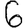
Digit: 6